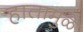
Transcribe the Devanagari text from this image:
हातामुळे